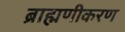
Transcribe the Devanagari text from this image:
ब्राह्मणीकरण